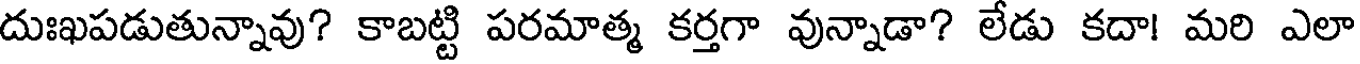
దుఃఖపడుతున్నావు? కాబట్టి పరమాత్మ కర్తగా వున్నాడా? లేడు కదా! మరి ఎలా